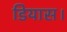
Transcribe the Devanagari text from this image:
डियास।